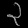
Digit: ၃